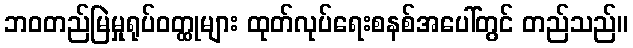
ဘဝတည်မြဲမှုရုပ်ဝတ္ထုများ ထုတ်လုပ်ရေးစနစ်အပေါ်တွင် တည်သည်။